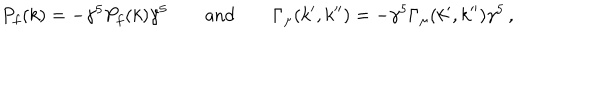
P _ { f } ( k ) = - \gamma ^ { 5 } P _ { f } ( k ) \gamma ^ { 5 } \qquad \mathrm { a n d } \qquad \Gamma _ { \mu } ( k ^ { \prime } , k ^ { \prime \prime } ) = - \gamma ^ { 5 } \Gamma _ { \mu } ( k ^ { \prime } , k ^ { \prime \prime } ) \gamma ^ { 5 } \, ,